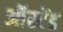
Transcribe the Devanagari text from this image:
ऑस्टेंड